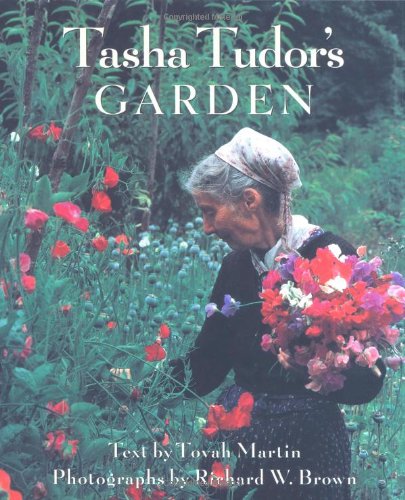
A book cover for Tasha Tudor's Garden; Tovah Martin; Crafts, Hobbies & Home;